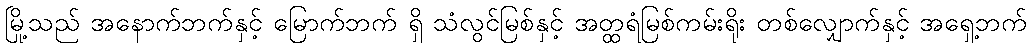
မြို့သည် အနောက်ဘက်နှင့် မြောက်ဘက် ရှိ သံလွင်မြစ်နှင့် အတ္ထရံမြစ်ကမ်းရိုး တစ်လျှောက်နှင့် အရှေ့ဘက်